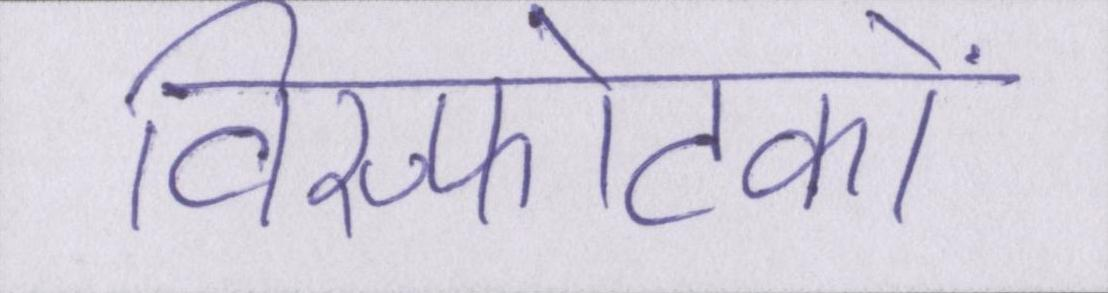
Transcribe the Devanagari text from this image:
विस्फोटकों